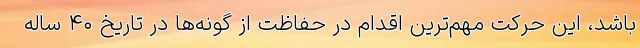
باشد، این حرکت مهم‌ترین اقدام در حفاظت از گونه‌ها در تاریخ ۴۰ ساله